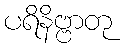
ပရိနိဗ္ဗာတု